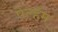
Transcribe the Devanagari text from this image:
पेल्हॅम